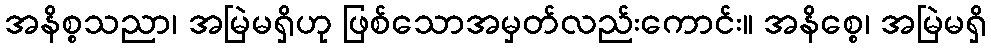
အနိစ္စသညာ၊ အမြဲမရှိဟု ဖြစ်သောအမှတ်လည်းကောင်း။ အနိစ္စေ၊ အမြဲမရှိ